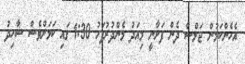
އެހެންކަމުން ޖަލްސާ ދެން ފަށާނީ މިއަދު މެންދުރުފަހު 1:30 ގައި ކަމަށްވެސް ޝާހިދު